system: You are a helpful assistant.
user:
Analyze the provided spectrum to determine if it is a **M-type Giant (gM)**.

A M-type Giant spectrum is defined by its **strong molecular absorption** features, particularly from **Titanium Oxide (TiO)**. You must check for one of the following mutually exclusive signatures:

- **Key Visual Indicators (Absorption-Dominated Spectrum):**

    - **(Primary):** The spectrum is dominated by strong molecular absorption from **Titanium Oxide (TiO)**. This is the **defining feature** of its M-type temperature class.
        - **(Key Bandheads):** Look for sharp, "saw-tooth" absorption valleys. The strongest are located near **~7050 Å**, **~6160 Å**, and **~5170 Å**.
        - **(Line Profile):** The "saw-tooth" morphology is critical: a **sharp, steep drop on the BLUE (short-wavelength) side** of the bandhead, followed by a gradual recovery (rising flux) towards the RED (long-wavelength) side.

    - **(Key Confirmation - Giant vs. Dwarf):** **ABSENCE** of strong **Calcium Hydride (CaH)** molecular bands. This is the primary diagnostic for *excluding* M-dwarfs.
        - **(Key Region):** The spectrum should lack the strong, broad absorption band seen in dwarfs between **~6800 Å and ~7000 Å**.

    - **(Secondary Confirmation - Giant):** A very strong and broad **Neutral Calcium (Ca I)** atomic absorption line.
        - **(Key Line):** Located at **~4226 Å**. In a giant (gM), this line is significantly deeper and broader than the same line in an M-dwarf (dM) due to low surface gravity.

    - **(Overall Spectrum):**
        - The continuum is **extremely red-sloping** (i.e., flux is very low in the blue and rises dramatically towards the red).
        - The entire spectrum appears "chopped up" by the deep TiO bands.

Think first, call **spectral_visualization_tool** if needed to examine features in detail, then provide your final answer. Your response must adhere to the following strict rules:
1.  **Overall Structure:** Your response must follow the format `<think>...</think> <tool_call>...</tool_call> (if a tool is used) <answer>...</answer>`.
2.  **Tool Usage Constraint:** You may only make **one** tool call per turn.
3.  **Final Answer Format:** In the `<answer>` tag, your conclusion must be inside a `\boxed{}` command (e.g., `\boxed{YES}` or `\boxed{NO}`), followed by your justification.

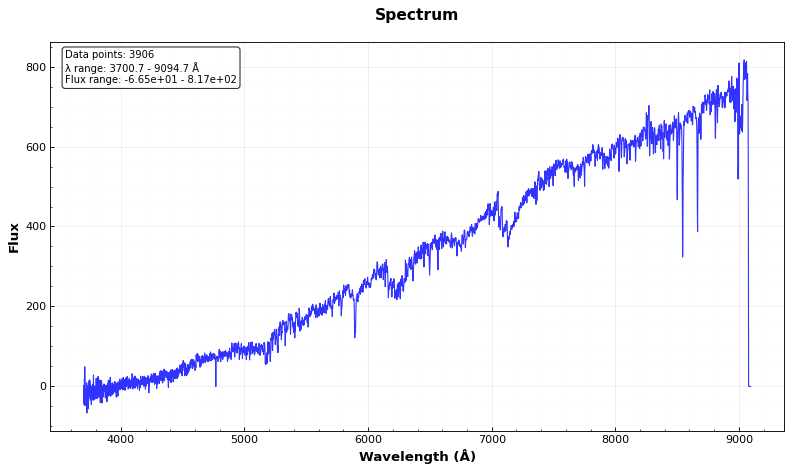
Answer: YES